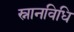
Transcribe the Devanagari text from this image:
स्नानविधि